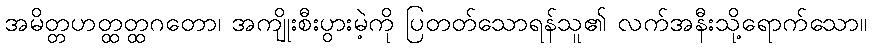
အမိတ္တဟတ္ထတ္ထဂတော၊ အကျိုးစီးပွားမဲ့ကို ပြတတ်သောရန်သူ၏ လက်အနီးသို့ရောက်သော။